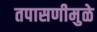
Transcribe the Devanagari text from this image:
तपासणीमुळे